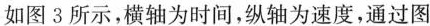
如图3所示，横轴为时间，纵轴为速度，通过图